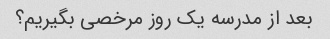
بعد از مدرسه یک روز مرخصی بگیریم؟